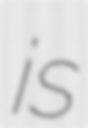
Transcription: is